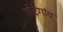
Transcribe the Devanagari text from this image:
गोटेगांव